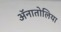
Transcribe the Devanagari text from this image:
ॲनातोलिया